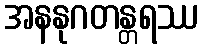
အနနုဂတန္တရဿ